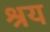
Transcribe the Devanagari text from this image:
श्रय